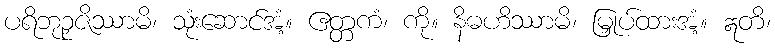
ပရိဘုဉှဇိဿာမိ၊ သုံးဆောင်အံ့။ ဧတ္တကံ၊ ကို။ နိဓဟိဿာမိ၊ မြှုပ်ထားအံ့။ ဣတိ၊